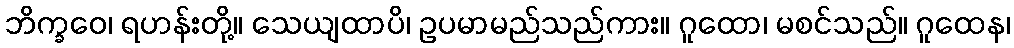
ဘိက္ခဝေ၊ ရဟန်းတို့။ သေယျထာပိ၊ ဥပမာမည်သည်ကား။ ဂူထော၊ မစင်သည်။ ဂူထေန၊